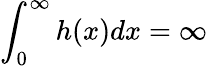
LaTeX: \int_{0}^{\infty}h(x)dx=\infty